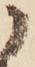
に